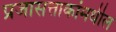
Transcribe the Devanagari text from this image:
प्रजासत्ताकांमधील